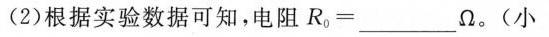
(2)根据实验数据可知，电阻R，=___\Omega 。（小